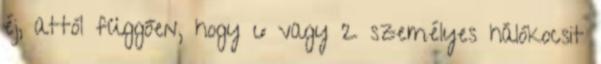
éj, attól függően, hogy 6 vagy 2 személyes hálókocsit